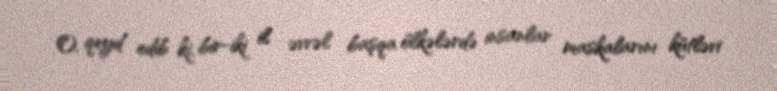
O, qeyd edib ki, bir-iki il əvvəl başqa ölkələrdə insanlar maskalarını kütləvi